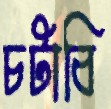
চটাবি